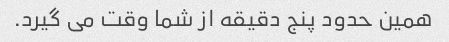
همین حدود پنج دقیقه از شما وقت می گیرد.